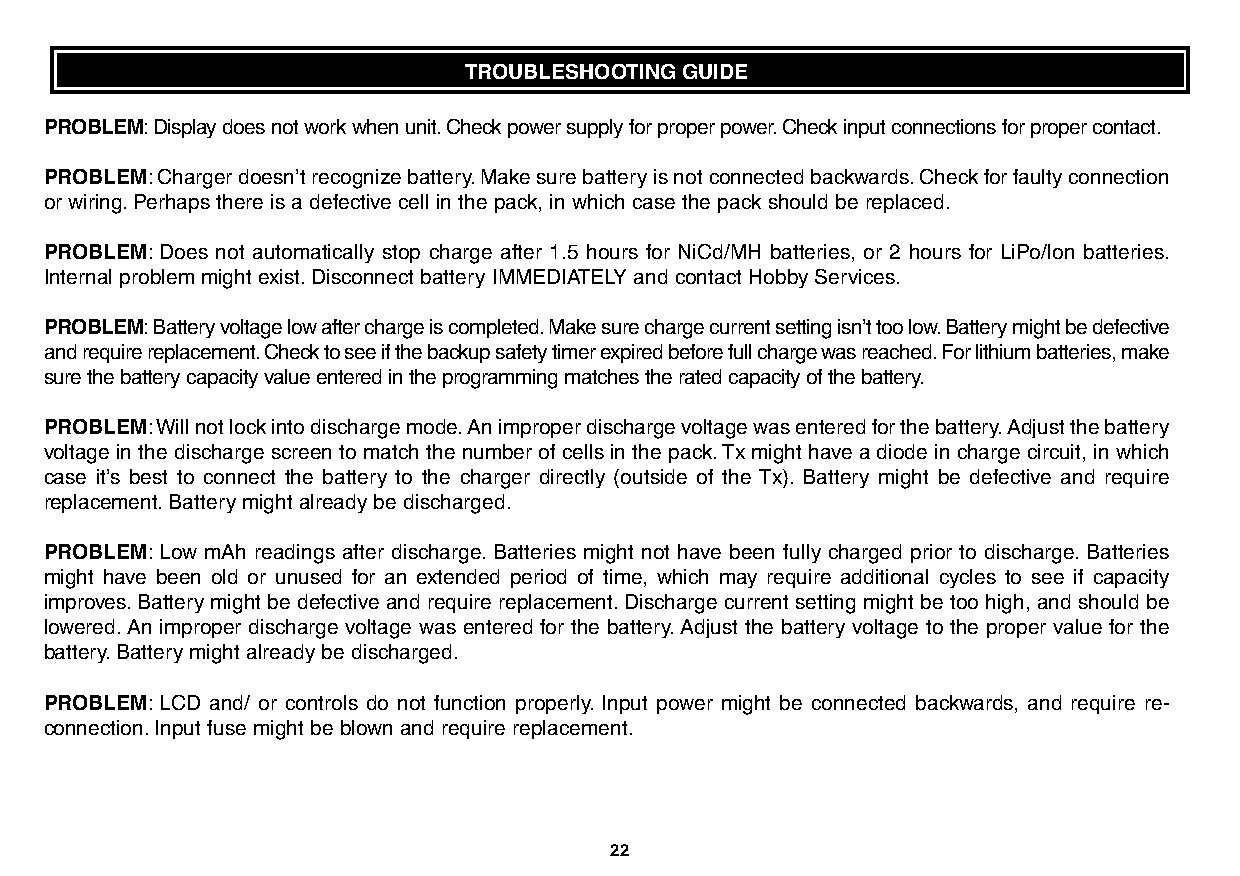
TROUBLESHOOTING GUIDE
 PROBLEM:Display does not work when unit.Check power supply for proper power.Check input connections for proper contact.
 PROBLEM:Charger doesn’t recognize battery.Make sure battery is not connected backwards.Check for faulty connection
 or wiring.Perhaps there is a defective cell in the pack, in which case the pack should be replaced.
 PROBLEM: Does not automatically stop charge after 1.5 hours for NiCd/MH batteries, or 2 hours for LiPo/Ion batteries.
 Internal problem might exist.Disconnect battery IMMEDIATELY and contact Hobby Services.
 PROBLEM:Battery voltage low after charge is completed.Make sure charge current setting isn’t too low.Battery might be defective
 and require replacement.Check to see if the backup safety timer expired before full charge was reached.For lithium batteries, make
 sure the battery capacity value entered in the programming matches the rated capacity of the battery.
 PROBLEM:Will not lock into discharge mode.An improper discharge voltage was entered for the battery.Adjust the battery
 voltage in the discharge screen to match the number of cells in the pack.Tx might have a diode in charge circuit, in which
 case it’s best to connect the battery to the charger directly (outside of the Tx). Battery might be defective and require
 replacement.Battery might already be discharged.
 PROBLEM: Low mAh readings after discharge.Batteries might not have been fully charged prior to discharge.Batteries
 might have been old or unused for an extended period of time, which may require additional cycles to see if capacity
 improves.Battery might be defective and require replacement.Discharge current setting might be too high, and should be
 lowered.An improper discharge voltage was entered for the battery.Adjust the battery voltage to the proper value for the
 battery.Battery might already be discharged.
 PROBLEM: LCD and/ or controls do not function properly. Input power might be connected backwards, and require re-
 connection.Input fuse might be blown and require replacement.
 22